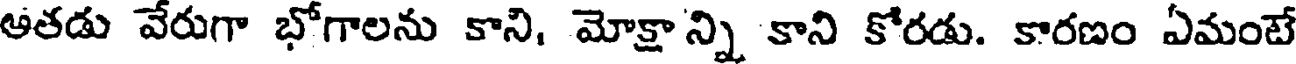
అతడు వేరుగా భోగాలను కాని, మోక్షాన్ని కాని కోరడు. కారణం ఏమంటే